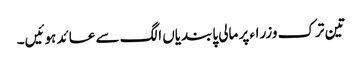
تین ترک وزراء پر مالی پابندیاں الگ سے عائد ہوئیں۔